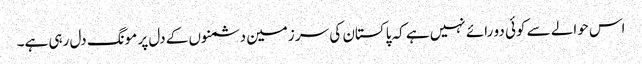
اس حوالے سے کوئی دو رائے نہیں ہے کہ پاکستان کی سر زمین دشمنوں کے دل پر مونگ دل رہی ہے۔